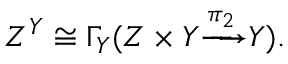
Z ^ { Y } \cong \Gamma _ { Y } ( Z \times Y { \xrightarrow { \pi _ { 2 } } } Y ) .